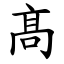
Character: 髙